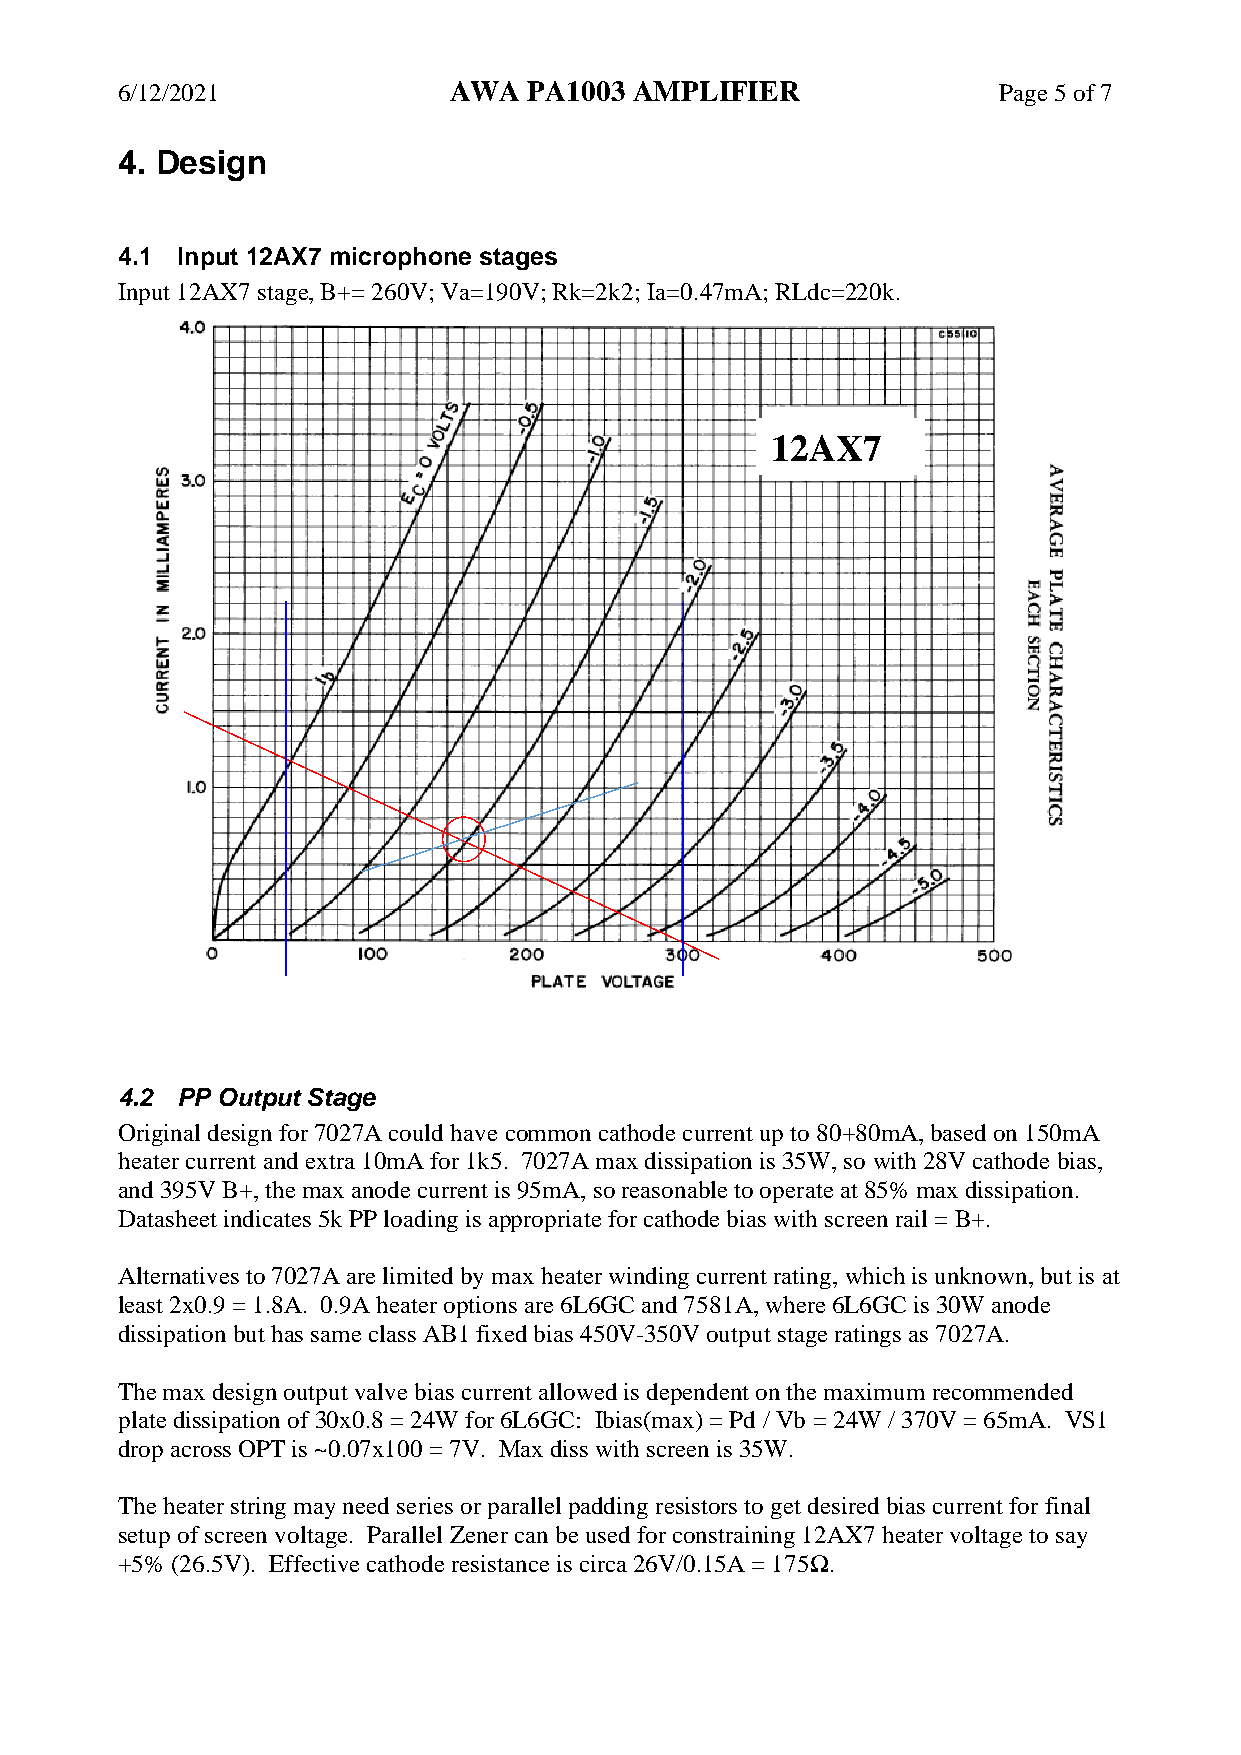
6/12/2021             AWA  PA1003 AMPLIFIER               Page 5 of 7
 4. Design
 4.1 Input 12AX7 microphone stages
 Input 12AX7 stage, B+= 260V; Va=190V; Rk=2k2; Ia=0.47mA; RLdc=220k.
 12AX7
 4.2 PP Output Stage
 Original design for 7027A could have common cathode current up to 80+80mA, based on 150mA
 heater current and extra 10mA for 1k5. 7027A max dissipation is 35W, so with 28V cathode bias,
 and 395V B+, the max anode current is 95mA, so reasonable to operate at 85% max dissipation.
 Datasheet indicates 5k PP loading is appropriate for cathode bias with screen rail = B+.
 Alternatives to 7027A are limited by max heater winding current rating, which is unknown, but is at
 least 2x0.9 = 1.8A. 0.9A heater options are 6L6GC and 7581A, where 6L6GC is 30W anode
 dissipation but has same class AB1 fixed bias 450V-350V output stage ratings as 7027A.
 The max design output valve bias current allowed is dependent on the maximum recommended
 plate dissipation of 30x0.8 = 24W for 6L6GC: Ibias(max) = Pd / Vb = 24W / 370V = 65mA. VS1
 drop across OPT is ~0.07x100 = 7V. Max diss with screen is 35W.
 The heater string may need series or parallel padding resistors to get desired bias current for final
 setup of screen voltage. Parallel Zener can be used for constraining 12AX7 heater voltage to say
 +5% (26.5V). Effective cathode resistance is circa 26V/0.15A = 175Ω.